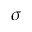
\boldsymbol { \sigma }